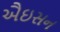
ઐઇસન